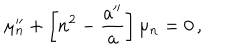
LaTeX: \mu _ { n } ^ { \prime \prime } + \left[ n ^ { 2 } - \frac { a ^ { \prime \prime } } { a } \right] \mu _ { n } = 0 \, ,